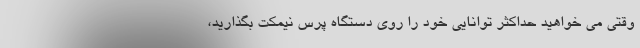
وقتی می خواهید حداکثر توانایی خود را روی دستگاه پرس نیمکت بگذارید،